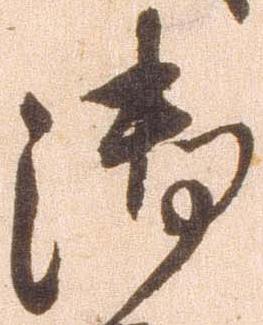
御